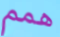
همم